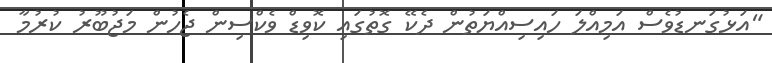
"އަޅުގަނޑުވެސް އަމިއްލަ ހައިސިއްޔަތުން ދެކޭ ގޮތުގައި ކޮވިޑް ވެކްސިން ޖެހުން މަޖުބޫރު ކުރުމާ